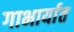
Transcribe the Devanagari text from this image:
गाभार्यात